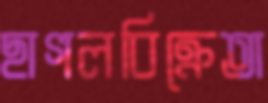
ছাগলবিক্রেতা